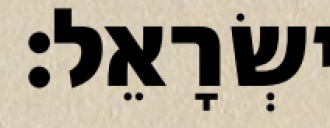
יִשְׂרָאֵל׃